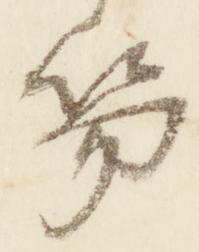
笏